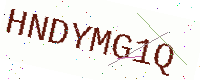
Text: HNDYMG1Q